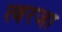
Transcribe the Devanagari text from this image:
त्वरजा